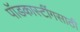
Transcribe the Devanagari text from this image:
पॉडकास्टींगसाठी